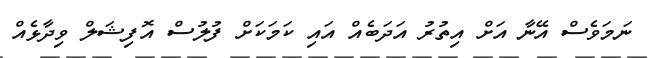
ނަމަވެސް އޭނާ އަށް އިތުރު އަދަބެއް އައި ކަމަކަށް ފުލުސް އޮފިޝަލް ވިދާޅެއް